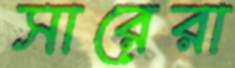
সারেরা